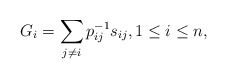
\begin{gather*} G_i= \sum_{j \not= i} p_{ij}^{-1} s_{ij}, 1 \le i \le n,\end{gather*}